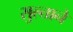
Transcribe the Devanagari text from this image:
सुल्ताने